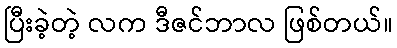
ပြီးခဲ့တဲ့ လက ဒီဇင်ဘာလ ဖြစ်တယ်။